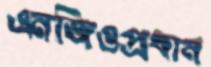
এনজিওপ্রধান